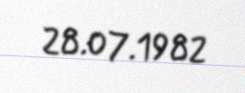
28.07.1982